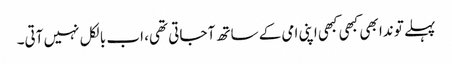
پہلے تو ندا بھی کبھی کبھی اپنی امی کے ساتھ آ جاتی تھی، اب بالکل نہیں آتی۔